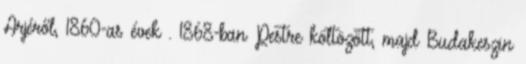
Arjéről, 1860-as évek . 1868-ban Pestre költözött, majd Budakeszin